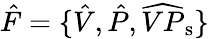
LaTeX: \hat{F}=\{ \hat{V},\hat{P},\widehat{VP}_{\mathrm{s}}\}